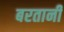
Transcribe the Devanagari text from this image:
बरतानी